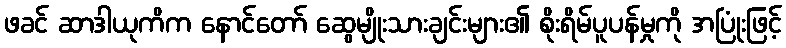
ဖခင် ဆာဒါယုကိက နောင်တော် ဆွေမျိုးသားချင်းများ၏ စိုးရိမ်ပူပန်မှုကို အပြုံးဖြင့်